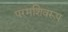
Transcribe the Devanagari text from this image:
परमशिवरूप